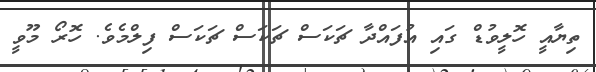
ތިޔާއީ ހޮލީވުޑް ގައި އުފައްދާ ޗަކަސް ޗަކަސް ޗަކަސް ފިލްމެވެ. ހޮރޯ މޫވީ